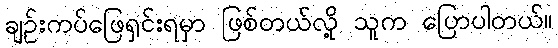
ချဉ်းကပ်ဖြေရှင်းရမှာ ဖြစ်တယ်လို့ သူက ပြောပါတယ်။